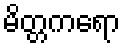
မိတ္တကရော